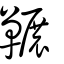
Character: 囅